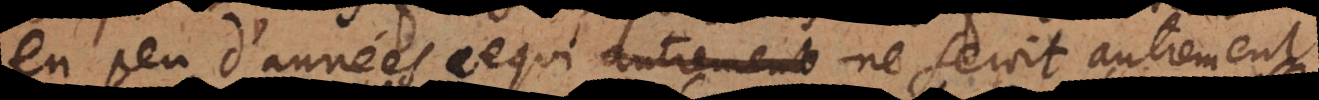
en peu d’années ce qui ne seroit autrement